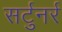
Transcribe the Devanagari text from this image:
सर्टुनर्र